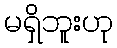
မရှိဘူးဟု